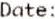
DATE: